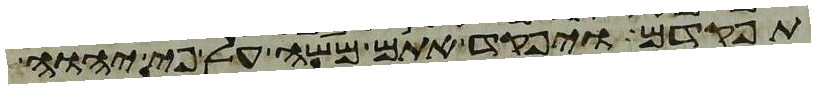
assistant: תפקדם ויפקד אתם משה על פי יהוה